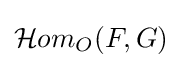
{\mathcal {H}}om_{O}(F,G)